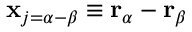
\mathbf { x } _ { j = \alpha - \beta } \equiv \mathbf { r } _ { \alpha } - \mathbf { r } _ { \beta }